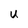
Character: u